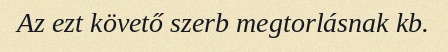
Az ezt követő szerb megtorlásnak kb.